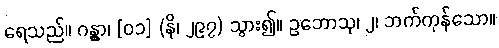
ရေသည်။ ဂန္တွာ၊ [၀၁] (နိ၊ ၂၉၇) သွား၍။ ဥဘောသု၊ ၂၊ ဘက်ကုန်သော။